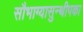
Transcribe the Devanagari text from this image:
सौभाग्यासुन्थीपका